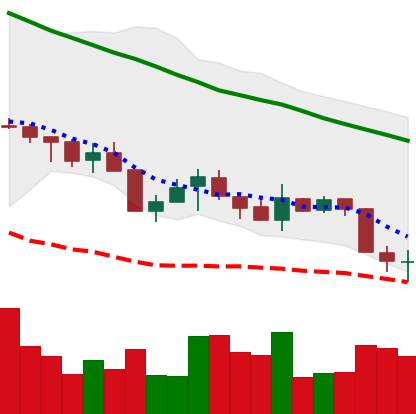
Ticker: XMR-USD
Chart end date: 2018-05-24
Forward return: -8.111%
Label: down_7plus